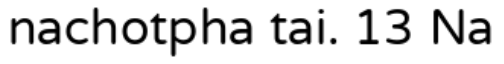
nachotpha tai. 13 Na